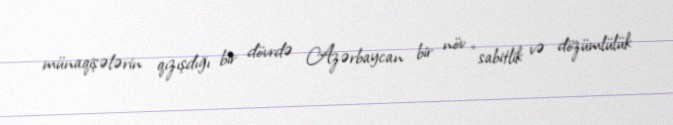
münaqişələrin qızışdığı bir dövrdə Azərbaycan bir növ “sabitlik və dözümlülük